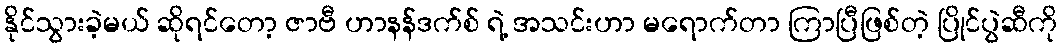
နိုင်သွားခဲ့မယ် ဆိုရင်တော့ ဇာဗီ ဟာနန်ဒက်စ် ရဲ့ အသင်းဟာ မရောက်တာ ကြာပြီဖြစ်တဲ့ ပြိုင်ပွဲဆီကို